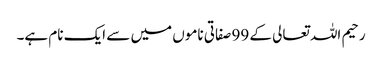
رحیم اللہ تعالی کے 99 صفاتی ناموں میں سے ایک نام ہے۔